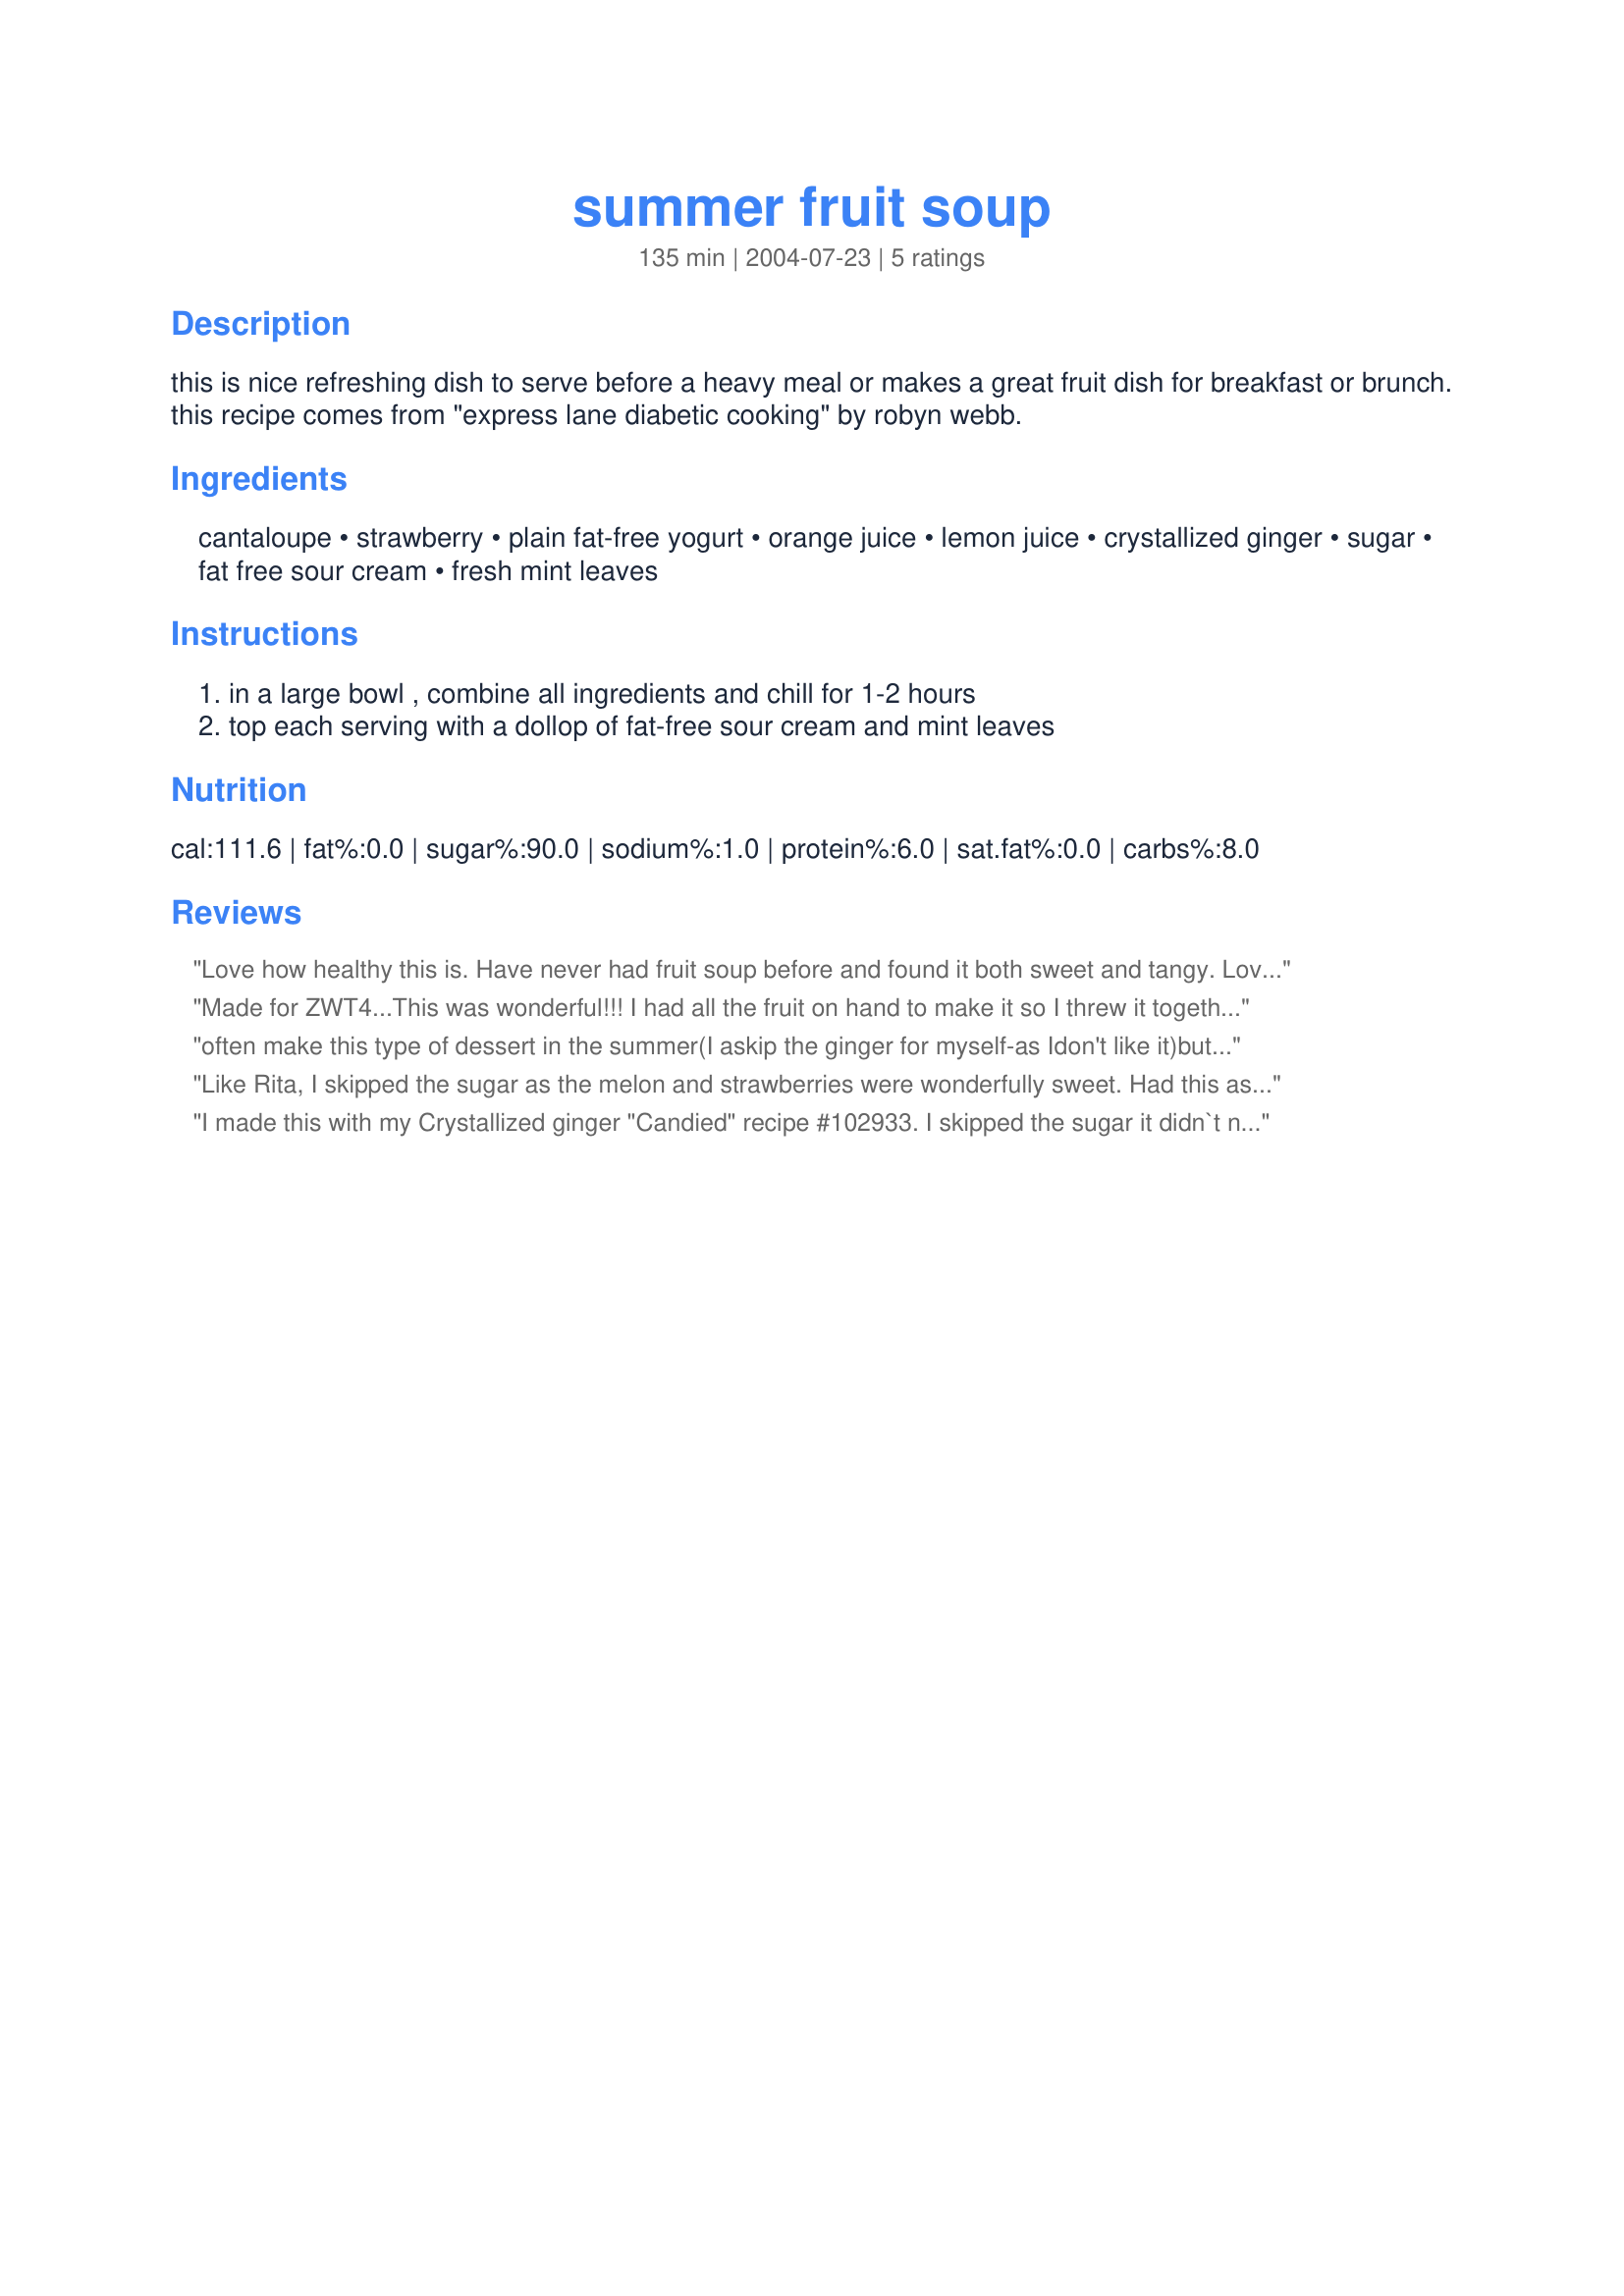
summer fruit soup
Preparation time: 135 minutes

this is nice refreshing dish to serve before a heavy meal or makes a great fruit dish for breakfast or brunch. this recipe comes from "express lane diabetic cooking" by robyn webb.

Ingredients:
cantaloupe, strawberry, plain fat-free yogurt, orange juice, lemon juice, crystallized ginger, sugar, fat free sour cream, fresh mint leaves

Steps:
in a large bowl , combine all ingredients and chill for 1-2 hours, top each serving with a dollop of fat-free sour cream and mint leaves

Reviews:
Love how healthy this is. Have never had fruit soup before and found it both sweet and tangy. Love crystallized ginger and after trying the soup add just a little more. If you have never tried fruit soup before and are looking for a change to you normal morning fruit or a sweet and tangy dessert this is worth a try.
Made for ZWT4...This was wonderful!!! I had all the fruit on hand to make it so I threw it together. The kids and I loved it. I used cantaloupe since I cannot seem to pick out a good honeydew.
often make this type of dessert in the summer(I askip the ginger for myself-as Idon't like it)but use it for guests and the mint make it extra refreshing.As I have quite a few friends who are diabetic this is a great standby.
Like Rita, I skipped the sugar as the melon and strawberries were wonderfully sweet. Had this as a light refreshing dessert after a spicy meal. The yogurt and citrus come together with the ginger giving it a little zip. I garnished mine with the sour cream and a little more ginger as mint is not an herb we care for too much. We enjoyed it to the last drop.
I made this with my Crystallized ginger "Candied" recipe #102933. I skipped the sugar it didn`t need it. And being a Diabetic recipe I would think it should be skipped. The juice is a beautiful soft orange color. It had a nice tang which absorbed into the fruit. I ginger did fall to the bottom so I suggest saving some for the garnish. Paula, Thanks for a refreshing delightful soup!
